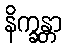
နိက္ခန္တာ